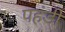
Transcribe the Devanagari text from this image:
पहंडी